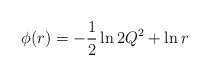
\begin{align*}\phi (r) = -\frac{1}{2} \ln 2Q^{2} + \ln r\end{align*}